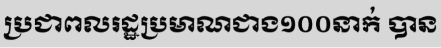
ប្រជាពលរដ្ឋប្រមាណជាង១០០នាក់ បាន